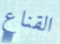
القناع